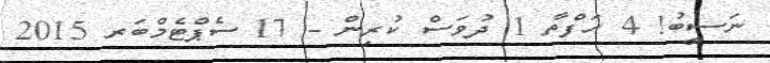
ނަސީބު! 4 ހަފްތާ 1 ދުވަސް ކުރިން - 17 ސެޕްޓެމްބަރ 2015